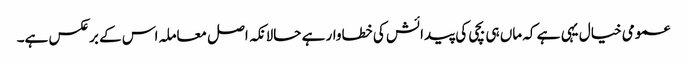
عمومی خیال یہی ہے کہ ماں ہی بچی کی پیدائش کی خطاوار ہے حالانکہ اصل معاملہ اس کے برعکس ہے۔